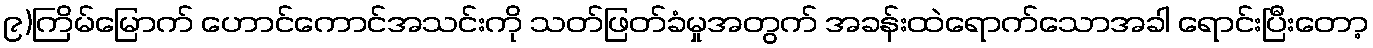
၉)ကြိမ်မြောက် ဟောင်ကောင်အသင်းကို သတ်ဖြတ်ခံမှုအတွက် အခန်းထဲရောက်သောအခါ ရောင်းပြီးတော့